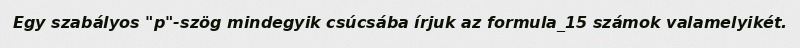
Egy szabályos "p"-szög mindegyik csúcsába írjuk az formula_15 számok valamelyikét.